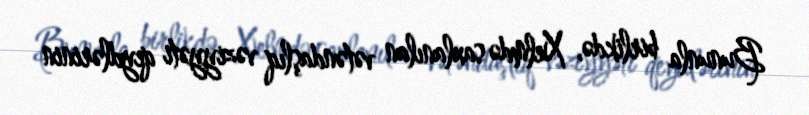
Bununla birlikdə, Xelmdə saxlanılan vətəndaşlıq vəziyyəti qeydlərinin